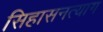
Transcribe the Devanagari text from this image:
सिहासनत्याग